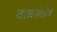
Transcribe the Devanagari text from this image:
बाळसंतोष